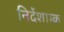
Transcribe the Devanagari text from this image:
निर्देशाम्क